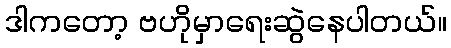
ဒါကတော့ ဗဟိုမှာရေးဆွဲနေပါတယ်။